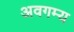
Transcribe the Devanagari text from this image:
अवगम्य